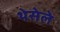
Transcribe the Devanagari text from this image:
थेसेले